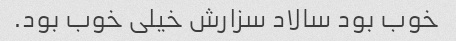
خوب بود سالاد سزارش خیلی خوب بود.